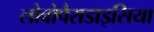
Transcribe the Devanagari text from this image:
लोबोपैराडाइसिया